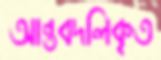
আন্তবদলিকৃত